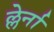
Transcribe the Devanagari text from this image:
ल्लेर्ना